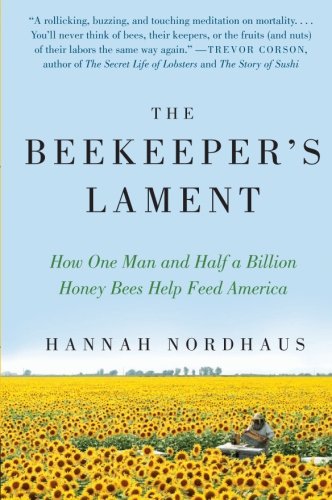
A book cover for The Beekeeper's Lament: How One Man and Half a Billion Honey Bees Help Feed America; Hannah Nordhaus; Science & Math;